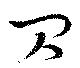
閃